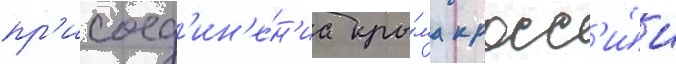
пр'исоед'ин'е́н'иа кры́ма к росс'и́и